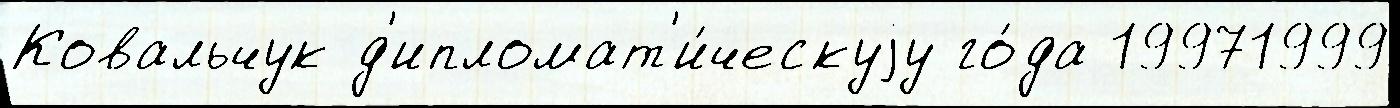
Ковальчук д'ипломат'и́ческуjу го́да 19971999